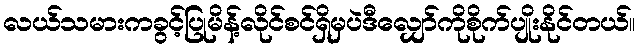
လယ်သမားကခွင့်ပြုမိန့်လိုင်စင်ရှိမှပဲဒီလျှော်ကိုစိုက်ပျိုးနိုင်တယ်။